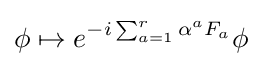
\phi \mapsto e^{-i\sum _{a=1}^{r}\alpha ^{a}F_{a}}\phi